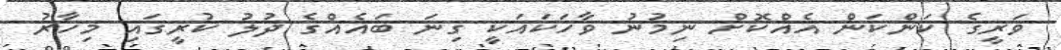
ވަރީގެ ކަންކަން އެއްކޮށް ނިމުނު ވާހަކައަކީ ގިނަ ބައެއްގެ ދުލު ކުރީގައި މިހާރު